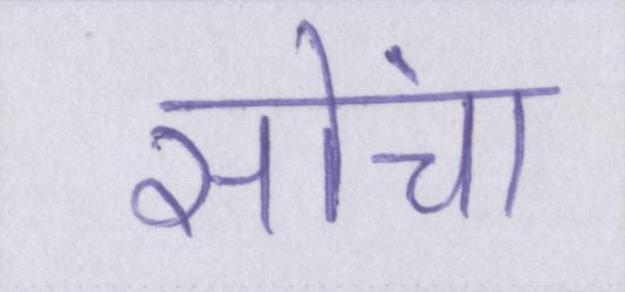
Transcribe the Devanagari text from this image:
सोंचा